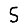
Digit: 5